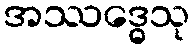
အဿဒ္ဓေသု